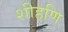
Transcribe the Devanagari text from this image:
शीहणि